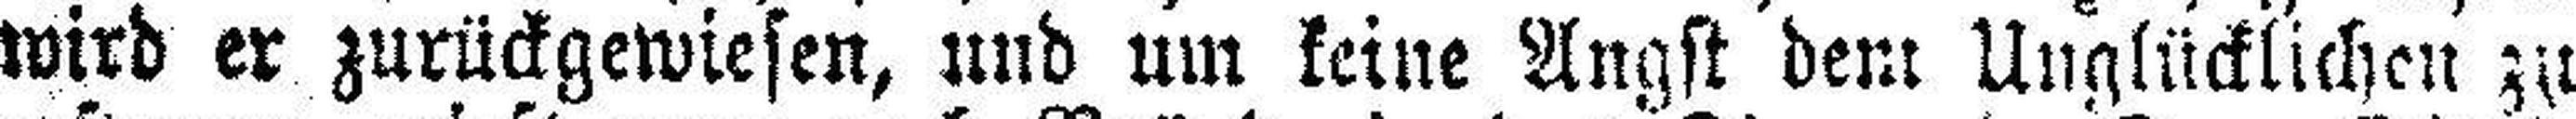
wird er zurückgewiesen, und um keine Angst dem Unglücklichen zu